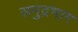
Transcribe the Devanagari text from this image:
समुद्रभाग